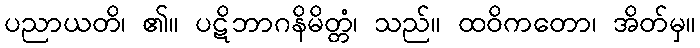
ပညာယတိ၊ ၏။ ပဋိဘာဂနိမိတ္တံ၊ သည်။ ထဝိကတော၊ အိတ်မှ။